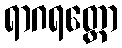
ရာဂရတ္တော